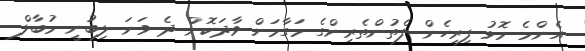
އެންމެ މޮޅު ފިރިހެން ފެތުންތެރިންގެ މަގާމަށް ވާދަކޮށް ދެ ވަނަ ލިބުނީ މުބާލް